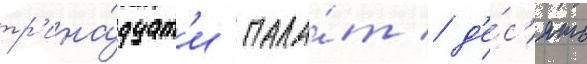
тр'ина́дцат'и пала́т / д'е́с'ять